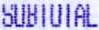
SUBTOTAL